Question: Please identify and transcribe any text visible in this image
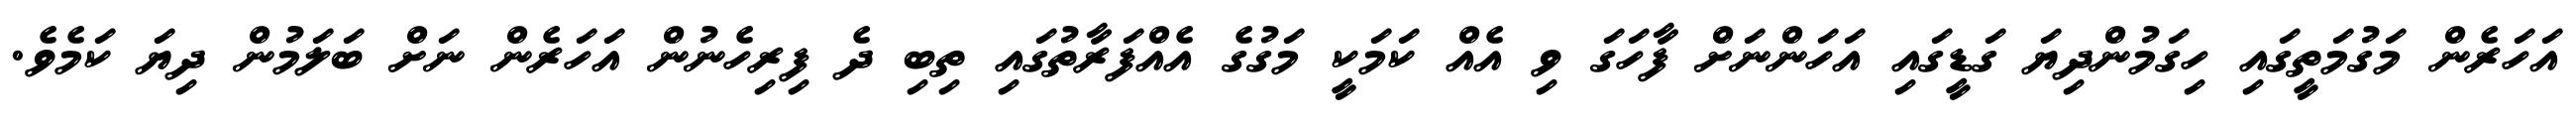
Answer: އަހަރެން މަގުމަތީގައި ހިގަމުންދިޔަ ގަޑީގައި އަހަންނަށް ފާހަގަ ވި އެއް ކަމަކީ މަގުގެ އެއްފަރާތުގައި ތިބި ދެ ފިރިހެނުން އަހަރެން ނަށް ބަލަމުން ދިޔަ ކަމެވެ.